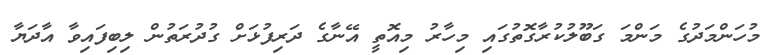
މުހަންމަދުގެ މަންމަ ގަބޫލުކުރާގޮތުގައި މިހާރު މިއޮތީ އޭނާގެ ދަރިފުޅަށް ގުދުރަތުން ލިބިފައިވާ އާދަޔާ